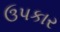
ઉપકાર